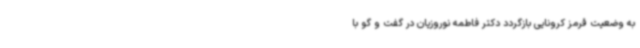
به وضعیت قرمز کرونایی بازگردد دکتر فاطمه نوروزیان در گفت و گو با